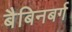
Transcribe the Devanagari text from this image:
बैबिनबर्ग